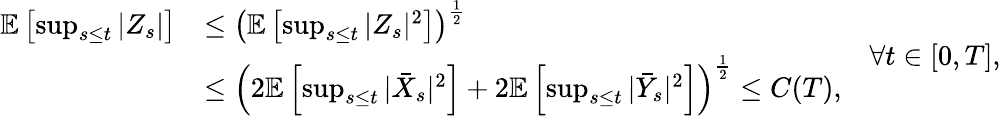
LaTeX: \begin{array}{rl}{\mathbb{E}\left[\operatorname*{sup}_{s\leq t}|Z_{s}|\right]}&{\leq\left(\mathbb{E}\left[\operatorname*{sup}_{s\leq t}|Z_{s}|^{2}\right]\right)^{\frac{1}{2}}}\\ &{\leq\left(2\mathbb{E}\left[\operatorname*{sup}_{s\leq t}|\bar{X}_{s}|^{2}\right]+2\mathbb{E}\left[\operatorname*{sup}_{s\leq t}|\bar{Y}_{s}|^{2}\right]\right)^{\frac{1}{2}}\leq C(T),}\end{array}\quad\forall t\in[0,T],